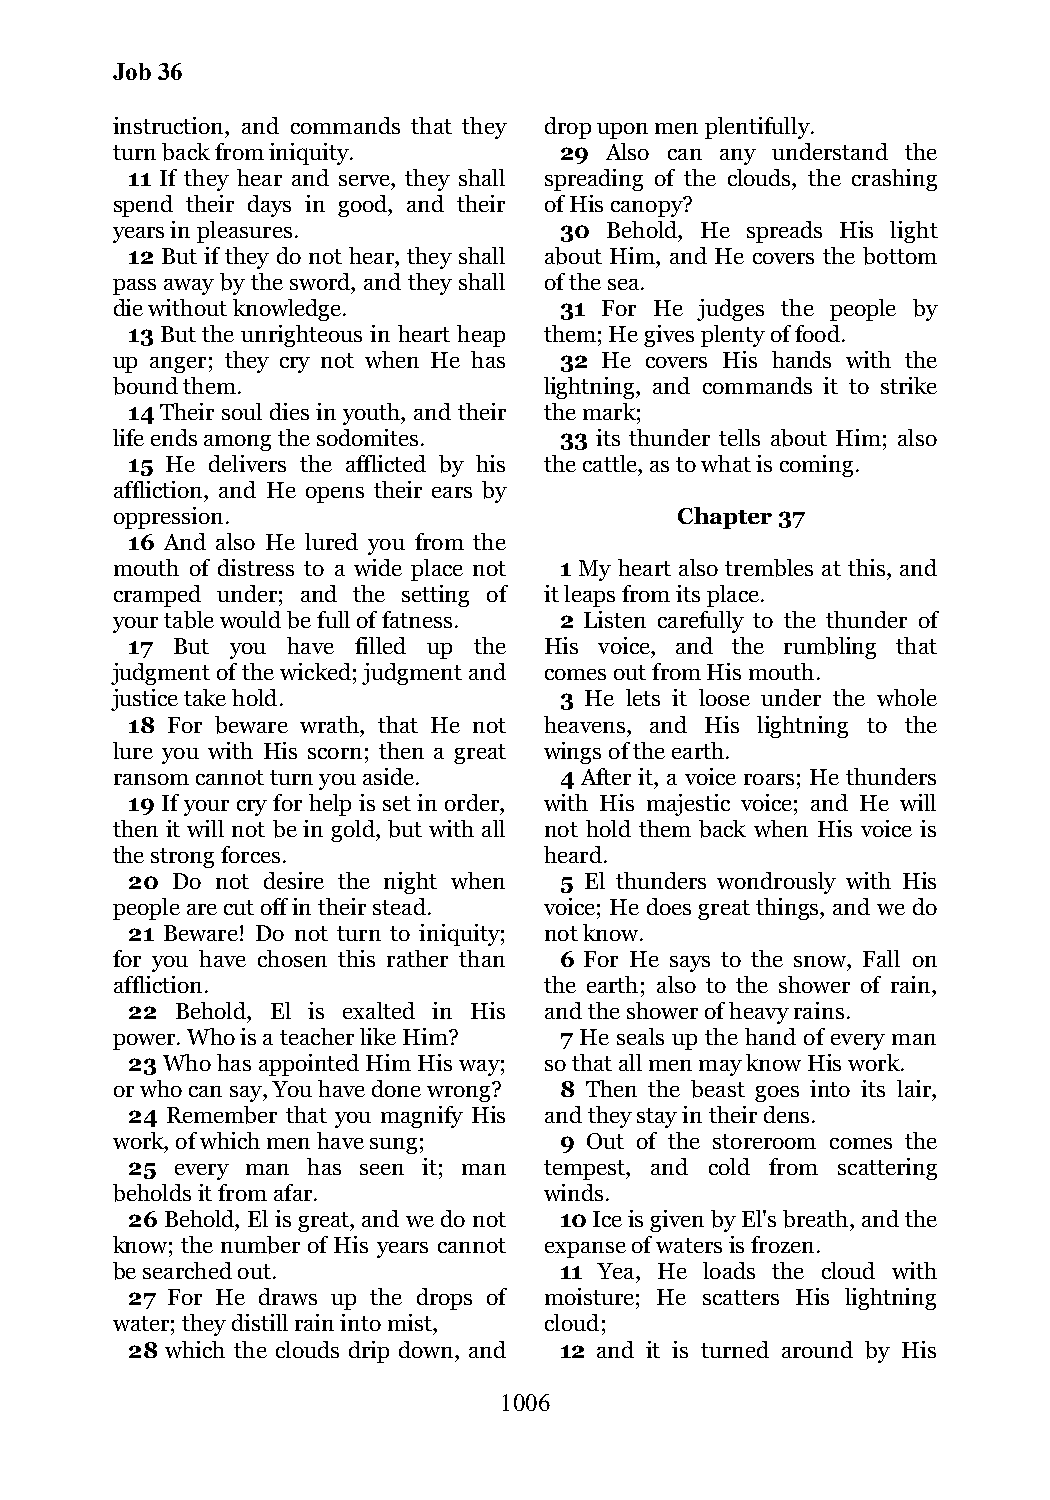
Job 36
 instruction, and commands that they drop upon men plentifully.
 turn back from iniquity.      29 Also can any understand the
 11 If they hear and serve, they shall spreading of the clouds, the crashing
 spend their days in good, and their of His canopy?
 years in pleasures.           30 Behold, He spreads His light
 12 But if they do not hear, they shall about Him, and He covers the bottom
 pass away by the sword, and they shall of the sea.
 die without knowledge.        31 For He judges the people by
 13 But the unrighteous in heart heap them; He gives plenty of food.
 up anger; they cry not when He has 32 He covers His hands with the
 bound them.                  lightning, and commands it to strike
 14 Their soul dies in youth, and their the mark;
 life ends among the sodomites. 33 its thunder tells about Him; also
 15 He delivers the afflicted by his the cattle, as to what is coming.
 affliction, and He opens their ears by
 oppression.                           Chapter 37
 16 And also He lured you from the
 mouth of distress to a wide place not 1 My heart also trembles at this, and
 cramped under; and the setting of it leaps from its place.
 your table would be full of fatness. 2 Listen carefully to the thunder of
 17 But you have filled up the His voice, and the rumbling that
 judgment of the wicked; judgment and comes out from His mouth.
 justice take hold.            3 He lets it loose under the whole
 18 For beware wrath, that He not heavens, and His lightning to the
 lure you with His scorn; then a great wings of the earth.
 ransom cannot turn you aside. 4 After it, a voice roars; He thunders
 19 If your cry for help is set in order, with His majestic voice; and He will
 then it will not be in gold, but with all not hold them back when His voice is
 the strong forces.           heard.
 20 Do not desire the night when 5 El thunders wondrously with His
 people are cut off in their stead. voice; He does great things, and we do
 21 Beware! Do not turn to iniquity; not know.
 for you have chosen this rather than 6 For He says to the snow, Fall on
 affliction.                  the earth; also to the shower of rain,
 22  Behold, El is exalted in His and the shower of heavy rains.
 power. Who is a teacher like Him? 7 He seals up the hand of every man
 23 Who has appointed Him His way; so that all men may know His work.
 or who can say, You have done wrong? 8 Then the beast goes into its lair,
 24 Remember that you magnify His and they stay in their dens.
 work, of which men have sung; 9 Out of the storeroom comes the
 25  every man has seen it; man tempest, and cold from scattering
 beholds it from afar.        winds.
 26 Behold, El is great, and we do not 10 Ice is given by El's breath, and the
 know; the number of His years cannot expanse of waters is frozen.
 be searched out.              11 Yea, He loads the cloud with
 27 For He draws up the drops of moisture; He scatters His lightning
 water; they distill rain into mist, cloud;
 28 which the clouds drip down, and 12 and it is turned around by His
 1006